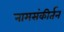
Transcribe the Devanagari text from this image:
नामसंकीर्तन